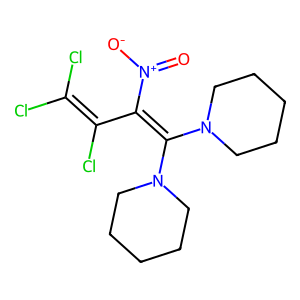
SMILES: O=[N+]([O-])C(C(Cl)=C(Cl)Cl)=C(N1CCCCC1)N1CCCCC1
Inhibits HIV replication: No